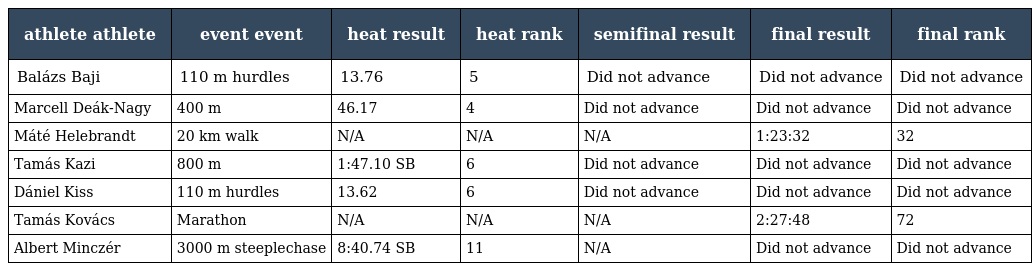
| athlete athlete | event event | heat result | heat rank | semifinal result | final result | final rank |
 | --- | --- | --- | --- | --- | --- | --- |
 | Balázs Baji | 110 m hurdles | 13.76 | 5 | Did not advance | Did not advance | Did not advance |
 | Marcell Deák-Nagy | 400 m | 46.17 | 4 | Did not advance | Did not advance | Did not advance |
 | Máté Helebrandt | 20 km walk | N/A | N/A | N/A | 1:23:32 | 32 |
 | Tamás Kazi | 800 m | 1:47.10 SB | 6 | Did not advance | Did not advance | Did not advance |
 | Dániel Kiss | 110 m hurdles | 13.62 | 6 | Did not advance | Did not advance | Did not advance |
 | Tamás Kovács | Marathon | N/A | N/A | N/A | 2:27:48 | 72 |
 | Albert Minczér | 3000 m steeplechase | 8:40.74 SB | 11 | N/A | Did not advance | Did not advance |